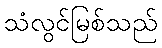
သံလွင်မြစ်သည်